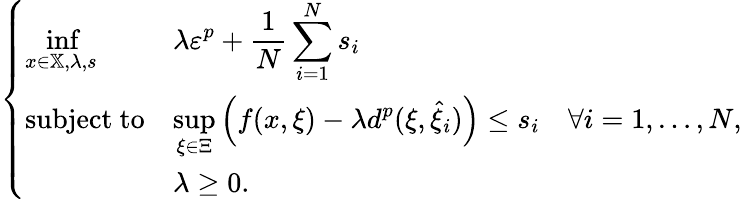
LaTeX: \left\{ \begin{array}{lll}{{\displaystyle\operatorname*{inf}_{x\in\mathbb{X},\lambda,s}}}&{{\displaystyle\lambda\varepsilon^{p}+\frac{1}{N}\sum_{i=1}^{N}s_{i}}}&\\ {\mathrm{subject~to}}&{{\displaystyle\operatorname*{sup}_{\xi\in\Xi}\left(f(x,\xi)-\lambda d^{p}(\xi,\widehat{\xi}_{i})\right)\leq s_{i}}}&{\forall i=1,\ldots,N,}\\ &{\lambda\geq 0.}&\end{array}\right.